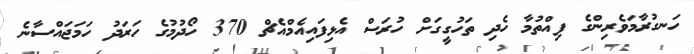
ހަނގުރާމަވެރިންގެ ފިއްތުމާ ހެދި ތަހުގީގަށް ހުރަސް އެޅިފައިއެމްއެޗް 370 ހޯދުމުގެ ހަރަދު ހަމަޖައްސާނެ